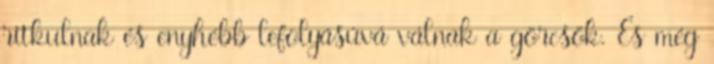
ritkulnak és enyhébb lefolyásúvá válnak a görcsök. És még